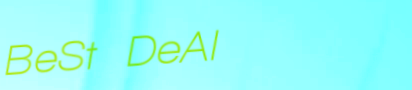
BeSt DeAl